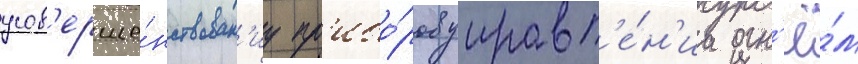
усов'ерше́нствован'иу пр'ибо́ров управл'е́н'иа огн'ё́м